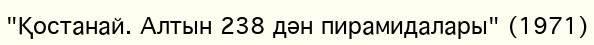
"Қостанай. Алтын 238 дән пирамидалары" (1971)